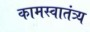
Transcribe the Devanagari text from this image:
कामस्वातंत्र्य